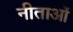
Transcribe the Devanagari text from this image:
नीताओं